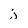
Character: j